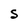
Character: S